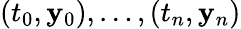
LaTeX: (t_{0},\mathbf{y}_{0}),\ldots,(t_{n},\mathbf{y}_{n})